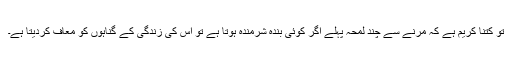
تو کتنا کریم ہے کہ مرنے سے چند لمحہ پہلے اگر کوئی بندہ شرمندہ ہوتا ہے تو اس کی زندگی کے گناہوں کو معاف کردیتا ہے۔